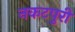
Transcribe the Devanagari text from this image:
नकटपुरी